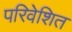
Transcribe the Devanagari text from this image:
परिवेशित